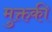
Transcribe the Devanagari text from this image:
मुक्तकी